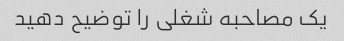
یک مصاحبه شغلی را توضیح دهید